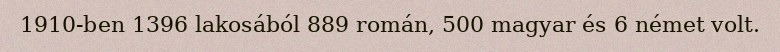
1910-ben 1396 lakosából 889 román, 500 magyar és 6 német volt.